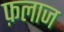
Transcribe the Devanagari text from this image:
फ़लाज